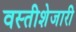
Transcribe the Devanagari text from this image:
वस्तीशेजारी